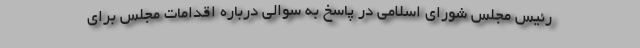
رئیس مجلس شورای اسلامی در پاسخ به سوالی درباره اقدامات مجلس برای